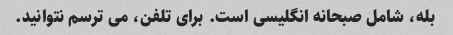
بله، شامل صبحانه انگلیسی است. برای تلفن، می ترسم نتوانید.